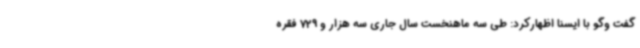
گفت وگو با ایسنا اظهارکرد: طی سه ماهنخست سال جاری سه هزار و 729 فقره